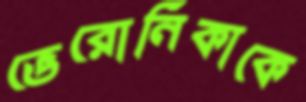
ভেরোনিকাকে